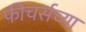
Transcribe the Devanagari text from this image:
फीचर्सच्या